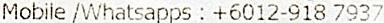
MOBILE /WHATSAPPS : +6012-918 7937